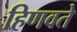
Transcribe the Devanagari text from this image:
हिणवते